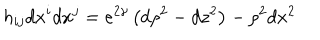
h _ { i j } d x ^ { i } d x ^ { j } = e ^ { 2 \gamma } \left( d \rho ^ { 2 } - d z ^ { 2 } \right) - \rho ^ { 2 } d x ^ { 2 }